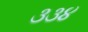
૩૩૪